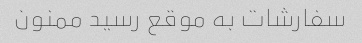
سفارشات به موقع رسید ممنون